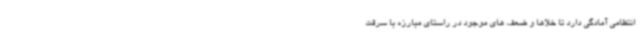
انتظامی آمادگی دارد تا خلاها و ضعف های موجود در راستای مبارزه با سرقت